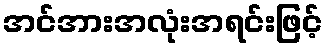
အင်အားအလုံးအရင်းဖြင့်